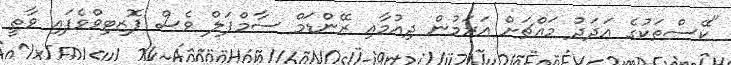
"ކޭސްތަކުގެ އަދަދު މައްޗަށް އަރަމުން ދިއުމާއި ރޭންޑަމް ސާމްޕަލް ވެސް ޕޮޒިޓިވްވެފައި ވާތީ